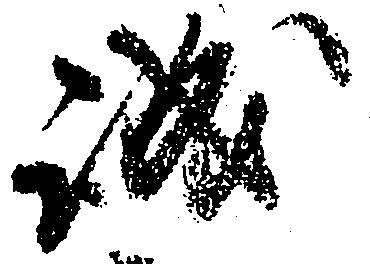
誠